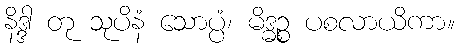
နိဒ္ဒါ တု သုပိနံ သောပ္ပံ၊ မိဒ္ဓဉ္စ ပစလာယိကာ။